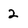
Character: 2